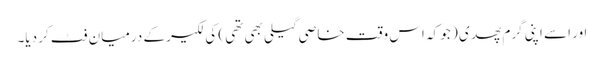
اور اسے اپنی گرم پھدی ( جو کہ اس وقت خاصی گیلی بھی تھی ) کی لکیر کے درمیان فٹ کر دیا۔